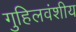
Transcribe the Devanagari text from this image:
गुहिलवंशीय